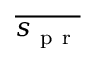
\overline { { s _ { \mathrm { ~ p ~ r ~ } } } }